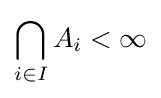
\bigcap _{i\in I}A_{i}<\infty